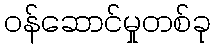
ဝန်ဆောင်မှုတစ်ခု